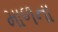
માળના